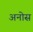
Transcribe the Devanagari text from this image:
अनोस